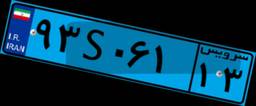
۷۲S۹۶۹۲۸